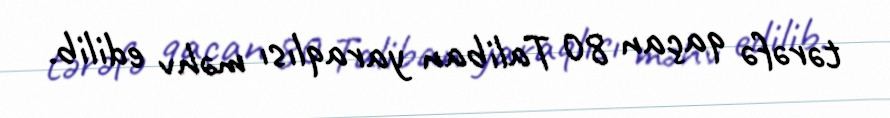
tərəfə qaçan 80 Taliban yaraqlısı məhv edilib.